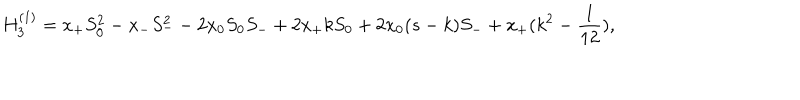
H _ { 3 } ^ { ( 1 ) } = x _ { + } S _ { 0 } ^ { 2 } - x _ { - } S _ { - } ^ { 2 } - 2 x _ { 0 } S _ { 0 } S _ { - } + 2 x _ { + } k S _ { 0 } + 2 x _ { 0 } ( s - k ) S _ { - } + x _ { + } ( k ^ { 2 } - \frac { 1 } { 1 2 } ) ,